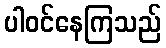
ပါဝင်နေကြသည်